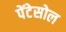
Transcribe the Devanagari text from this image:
पेंटेसोल